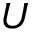
U